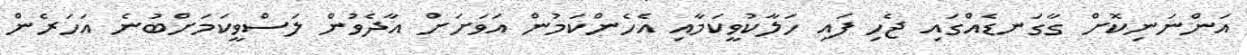
އަންނަނިކޮށް ގާގަނޑެއްގައި ޖެހި ފައި ހަލާކުވީކަމާއި އެހެންކަމުން އަވަށަށް އާދެވުން ލަސްވީކަމަށްބުނެ އަހަރެން